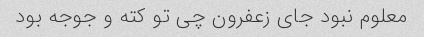
معلوم نبود جای زعفرون چی تو کته و جوجه بود